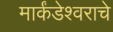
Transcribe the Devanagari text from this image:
मार्कंडेश्वराचे